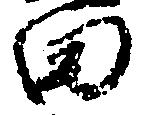
田